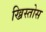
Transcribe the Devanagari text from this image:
ख्रिस्तोस